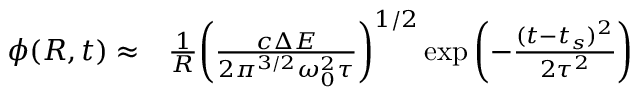
\begin{array} { r l } { \phi ( R , t ) \approx } & { { } \frac { 1 } { R } { \left( \frac { c \Delta E } { 2 \pi ^ { 3 / 2 } \omega _ { 0 } ^ { 2 } \tau } \right) } ^ { 1 / 2 } \exp { \left( - \frac { ( t - t _ { s } ) ^ { 2 } } { 2 \tau ^ { 2 } } \right) } } \end{array}